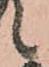
候